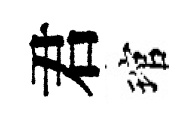
君琯